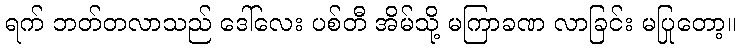
ရက် ဘတ်တလာသည် ဒေါ်လေး ပစ်တီ အိမ်သို့ မကြာခဏ လာခြင်း မပြုတော့။